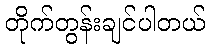
တိုက်တွန်းချင်ပါတယ်